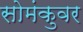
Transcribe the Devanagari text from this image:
सोमंकुवर